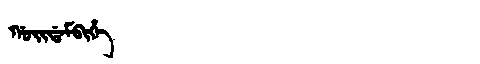
Manchu: ᡤᠣᡳᡩᠠᠮᠪᡳᡥᡝ
Romanization: GOIDAMBIHE